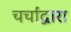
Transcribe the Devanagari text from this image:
चर्चांद्वारा